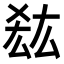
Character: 𭆠